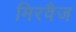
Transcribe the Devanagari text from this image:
मिरवैज